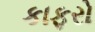
કાફરો